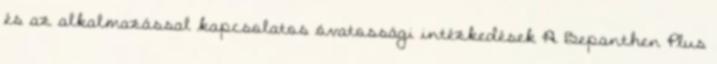
és az alkalmazással kapcsolatos óvatossági intézkedések A Bepanthen Plus